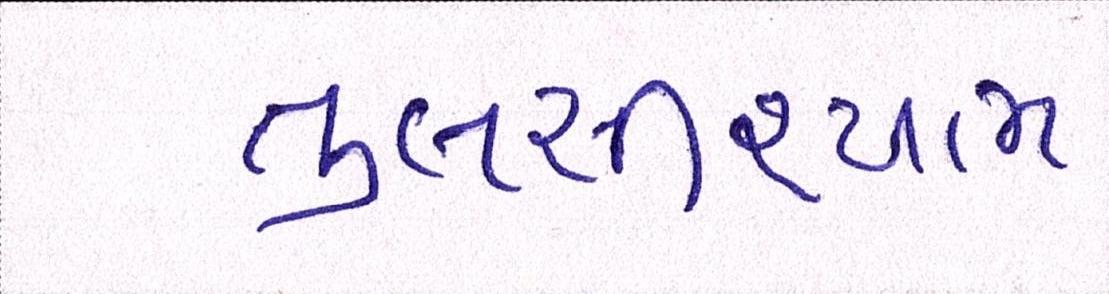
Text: તુલસીશ્યામ